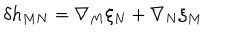
\delta h _ { M N } = \nabla _ { M } \xi _ { N } + \nabla _ { N } \xi _ { M }